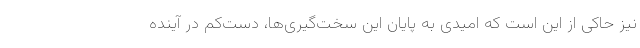
نیز حاکی از این است که امیدی به پایان این سخت‌گیری‌ها، دست‌کم در آینده